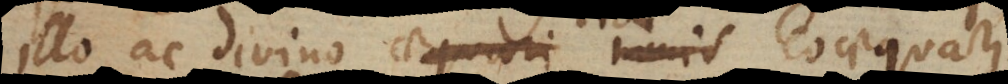
lo ac divino aequari nimis coaequari: